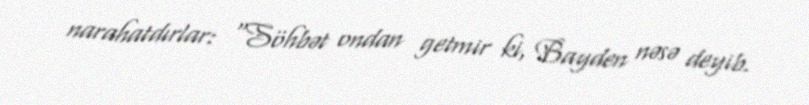
narahatdırlar: “Söhbət ondan getmir ki, Bayden nəsə deyib.